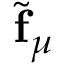
\tilde { \mathbf { f } } _ { \mu }